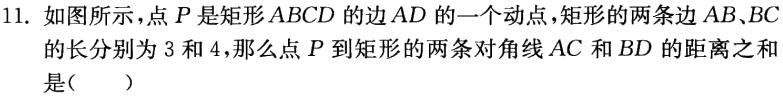
11. 如图所示，点\(P\)是矩形\(ABCD\)的边\(AD\)的一个动点，矩形的两条边\(AB、BC\)的长分别为\(3\)和\(4\)，那么点\(P\)到矩形的两条对角线\(AC\)和\(BD\)的距离之和是（  ）